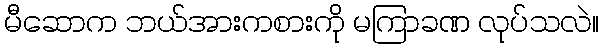
မီဆောက ဘယ်အားကစားကို မကြာခဏ လုပ်သလဲ။